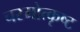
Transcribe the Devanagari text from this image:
चरमोत्कृष्ट